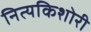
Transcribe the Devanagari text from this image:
नित्यकिशोरी